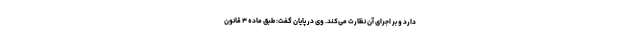
دارد و بر اجرای آن نظارت می‌کند. وی در پایان گفت: طبق ماده ۳ قانون